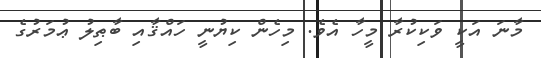
މާނަ އަކީ ވަކިކުރާ މީހާ އެވެ. މިހެން ކިޔުނީ ހައްޤާއި ބާޠިލު ޢުމަރުގެ